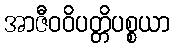
အာဇီဝဝိပတ္တိပစ္စယာ